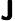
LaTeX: {\boldsymbol{\mathsf{J}}}